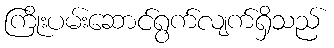
ကြိုးပမ်းဆောင်ရွက်လျက်ရှိသည်